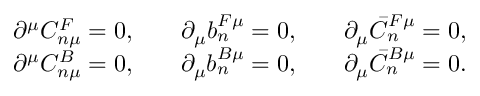
\begin{array} { c c c } { { \partial ^ { \mu } C _ { n \mu } ^ { F } = 0 , } } & { { \quad \partial _ { \mu } b _ { n } ^ { F \mu } = 0 , } } & { { \quad \partial _ { \mu } \bar { C } _ { n } ^ { F \mu } = 0 , } } \\ { { \partial ^ { \mu } C _ { n \mu } ^ { B } = 0 , } } & { { \quad \partial _ { \mu } b _ { n } ^ { B \mu } = 0 , } } & { { \quad \partial _ { \mu } \bar { C } _ { n } ^ { B \mu } = 0 . } } \end{array}